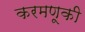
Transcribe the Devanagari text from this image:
करमणूकी